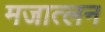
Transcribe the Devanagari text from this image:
मजात्लन